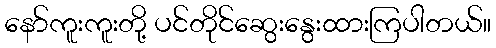
နော်ကူးကူးတို့ ပင်တိုင်ဆွေးနွေးထားကြပါတယ်။